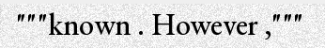
"""known . However ,"""